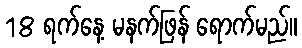
18 ရက်နေ့ မနက်ဖြန် ရောက်မည်။